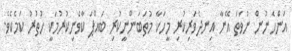
އަންހެނުން ނުވަތަ އޭނާ އިނދެވަރިކުރި މީހަކާ މުތަބަންނީކުރި ބައްޕަ ކާވެނިކުރުމަކީ ހުތުރު ކަމެކެވެ.